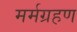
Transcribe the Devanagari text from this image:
मर्मग्रहण